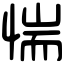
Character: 惴